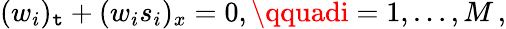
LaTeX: (w_{i})_{\mathtt{t}}+(w_{i}s_{i})_{x}=0,\qquadi=1,\dots,M\, ,